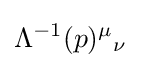
\Lambda ^{-1}(p)^{\mu }{}_{\nu }